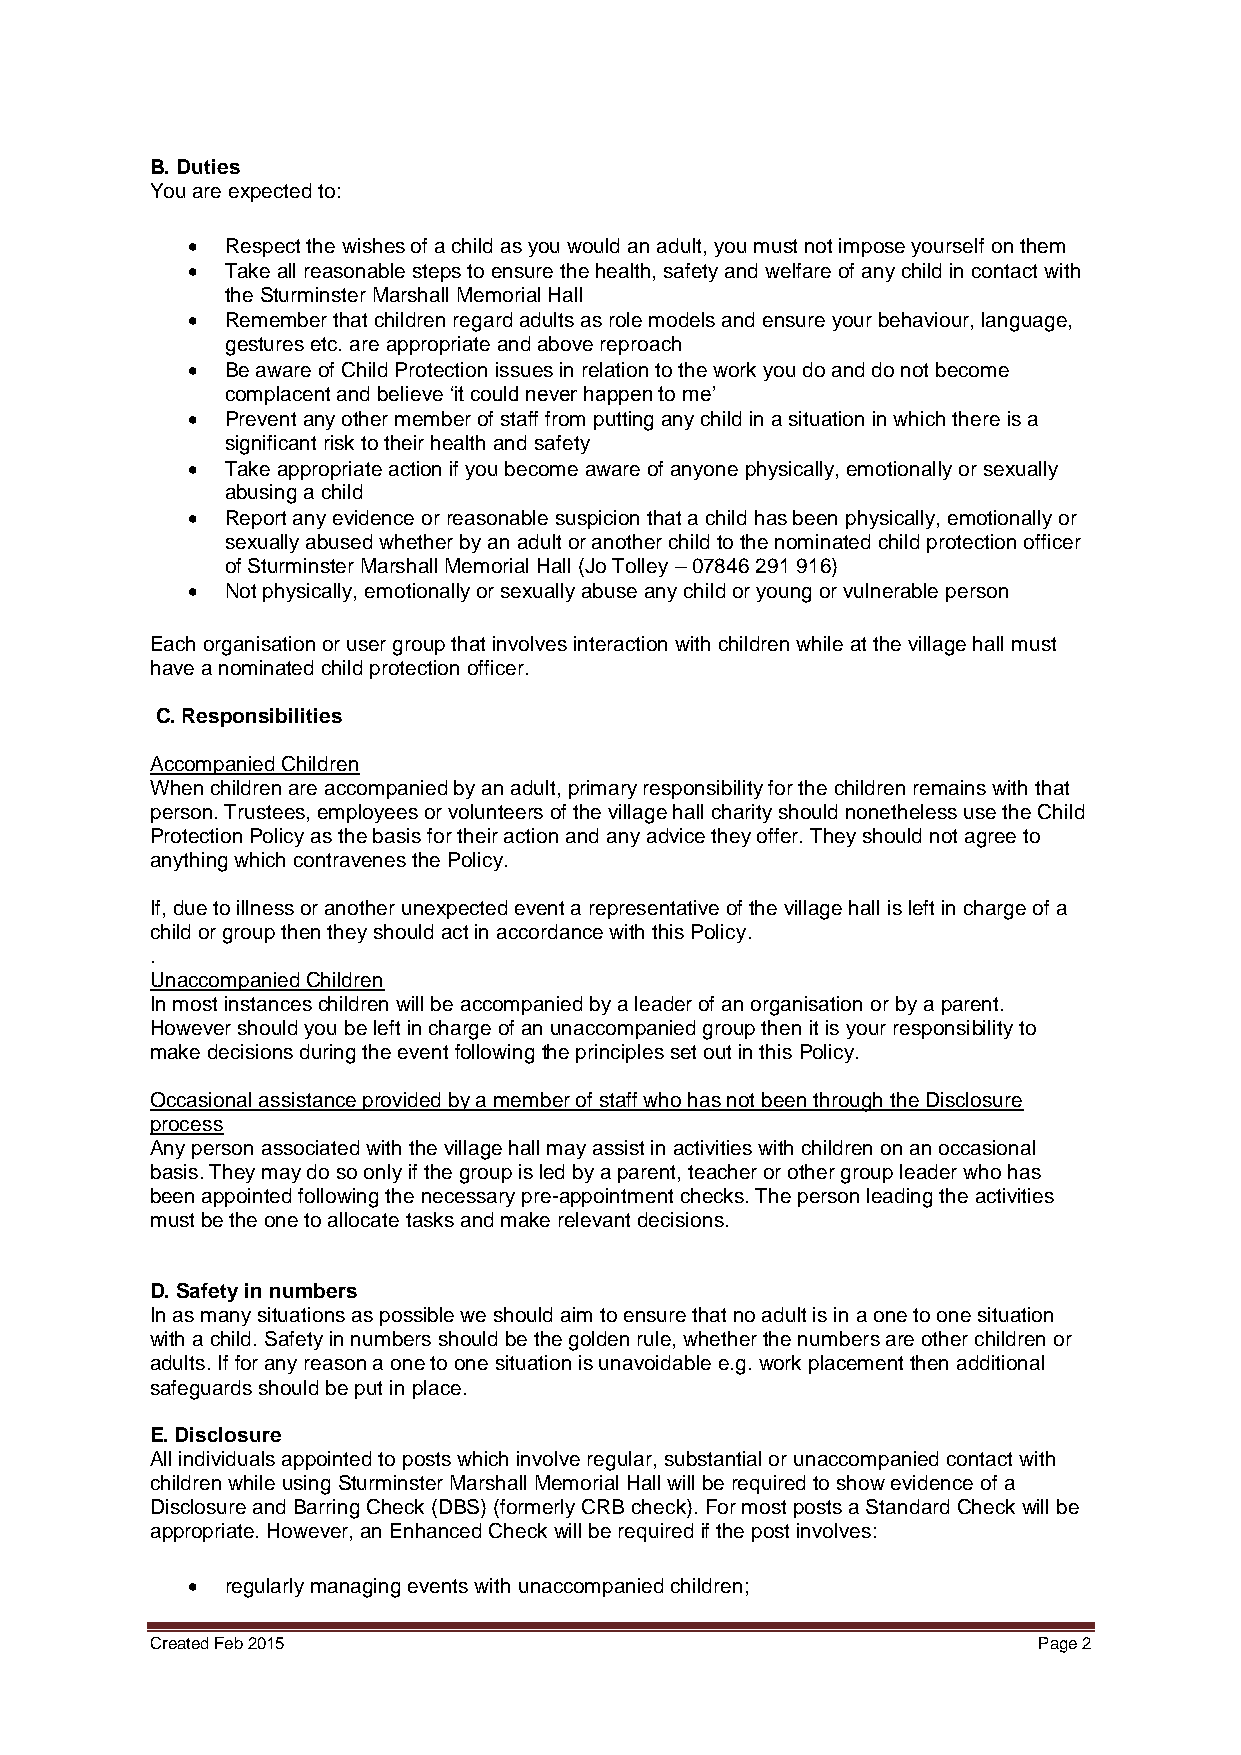
B. Duties
 You are expected to:
   Respect the wishes of a child as you would an adult, you must not impose yourself on them
   Take all reasonable steps to ensure the health, safety and welfare of any child in contact with
 the Sturminster Marshall Memorial Hall
   Remember that children regard adults as role models and ensure your behaviour, language,
 gestures etc. are appropriate and above reproach
   Be aware of Child Protection issues in relation to the work you do and do not become
 complacent and believe ‘it could never happen to me’
   Prevent any other member of staff from putting any child in a situation in which there is a
 significant risk to their health and safety
   Take appropriate action if you become aware of anyone physically, emotionally or sexually
 abusing a child
   Report any evidence or reasonable suspicion that a child has been physically, emotionally or
 sexually abused whether by an adult or another child to the nominated child protection officer
 of Sturminster Marshall Memorial Hall (Jo Tolley – 07846 291 916)
   Not physically, emotionally or sexually abuse any child or young or vulnerable person
 Each organisation or user group that involves interaction with children while at the village hall must
 have a nominated child protection officer.
 C. Responsibilities
 Accompanied Children
 When children are accompanied by an adult, primary responsibility for the children remains with that
 person. Trustees, employees or volunteers of the village hall charity should nonetheless use the Child
 Protection Policy as the basis for their action and any advice they offer. They should not agree to
 anything which contravenes the Policy.
 If, due to illness or another unexpected event a representative of the village hall is left in charge of a
 child or group then they should act in accordance with this Policy.
 .
 Unaccompanied Children
 In most instances children will be accompanied by a leader of an organisation or by a parent.
 However should you be left in charge of an unaccompanied group then it is your responsibility to
 make decisions during the event following the principles set out in this Policy.
 Occasional assistance provided by a member of staff who has not been through the Disclosure
 process
 Any person associated with the village hall may assist in activities with children on an occasional
 basis. They may do so only if the group is led by a parent, teacher or other group leader who has
 been appointed following the necessary pre-appointment checks. The person leading the activities
 must be the one to allocate tasks and make relevant decisions.
 D. Safety in numbers
 In as many situations as possible we should aim to ensure that no adult is in a one to one situation
 with a child. Safety in numbers should be the golden rule, whether the numbers are other children or
 adults. If for any reason a one to one situation is unavoidable e.g. work placement then additional
 safeguards should be put in place.
 E. Disclosure
 All individuals appointed to posts which involve regular, substantial or unaccompanied contact with
 children while using Sturminster Marshall Memorial Hall will be required to show evidence of a
 Disclosure and Barring Check (DBS) (formerly CRB check). For most posts a Standard Check will be
 appropriate. However, an Enhanced Check will be required if the post involves:
   regularly managing events with unaccompanied children;
 Created Feb 2015                                           Page 2